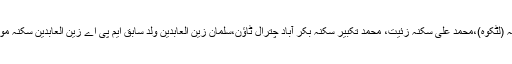
مرز گل، گل حوران،حسن علی،زاہدہ پروین،کرینہ (بچی) فرحان (بچہ) ساکنان گرم چشمہ (لٹکوہ)،محمد علی سکنہ زئیت، محمد تکبیر سکنہ بکر آباد چترال ٹاؤن،سلمان زین العابدین ولد سابق ایم پی اے زین العابدین سکنہ موردیر،شمشاد بیگم سکنہ جنگ بازار،عمرا خان سکنہ لون اور حاجی نواز سکنہ گول دور۔